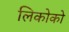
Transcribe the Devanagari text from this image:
लिकोको